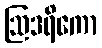
ဩဒရိကော